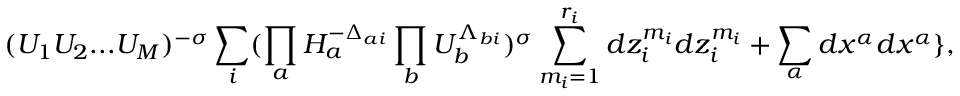
( U _ { 1 } U _ { 2 } . . . U _ { M } ) ^ { - \sigma } \sum _ { i } ( \prod _ { a } H _ { a } ^ { - \Delta _ { a i } } \prod _ { b } U _ { b } ^ { \Lambda _ { b i } } ) ^ { \sigma } \sum _ { m _ { i } = 1 } ^ { r _ { i } } d z _ { i } ^ { m _ { i } } d z _ { i } ^ { m _ { i } } + \sum _ { \alpha } d x ^ { \alpha } d x ^ { \alpha } \} ,